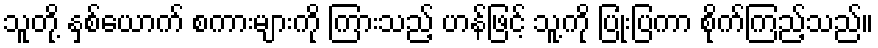
သူတို့ နှစ်ယောက် စကားများကို ကြားသည့် ဟန်ဖြင့် သူ့ကို ပြုံးပြကာ စိုက်ကြည့်သည်။